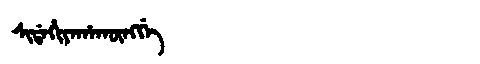
Manchu: ᠰᡳᡩᠠᡥᡳᠶᠠᡥᠠᡴᡡᠩᡤᡝ
Romanization: SIDAHIYAHAKŪNGGE